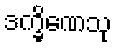
ဒက္ခိဏေသု